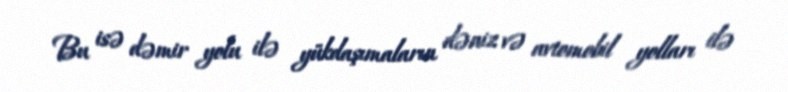
Bu isə dəmir yolu ilə yükdaşımaların dəniz və avtomobil yolları ilə